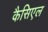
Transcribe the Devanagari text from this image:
कैसिएल